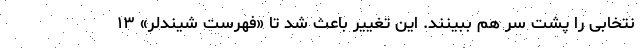
نتخابی را پشت ‌سر هم ببینند. این تغییر باعث شد تا «فهرست شیندلر» ۱۳